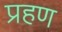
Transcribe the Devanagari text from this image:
प्रहण